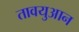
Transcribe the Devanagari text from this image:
तावयुआन